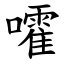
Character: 嚯